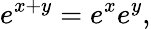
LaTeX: e^{x+y}=e^{x}e^{y},